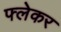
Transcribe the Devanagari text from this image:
फ्लेकर